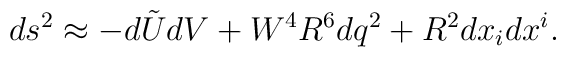
ds^2 \approx - d\tilde{U} dV + W^4 R^6 dq^2 + R^2 dx_i dx^i.